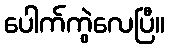
ပေါက်ကွဲလေပြီ။